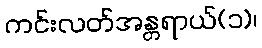
ကင်းလတ်အန္တရာယ်(၁)၊